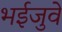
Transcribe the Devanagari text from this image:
भईजुवे